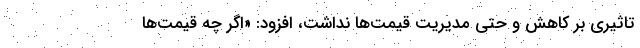
تاثیری بر کاهش و حتی مدیریت قیمت‌ها نداشت، افزود: «اگر چه قیمت‌ها